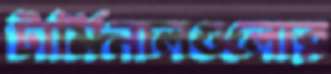
টার্মিনালগুলোর